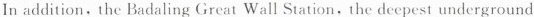
In addition, the Badaling Great Wall Station, the deepest underground